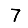
Digit: 7